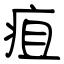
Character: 疽